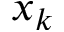
x _ { k }